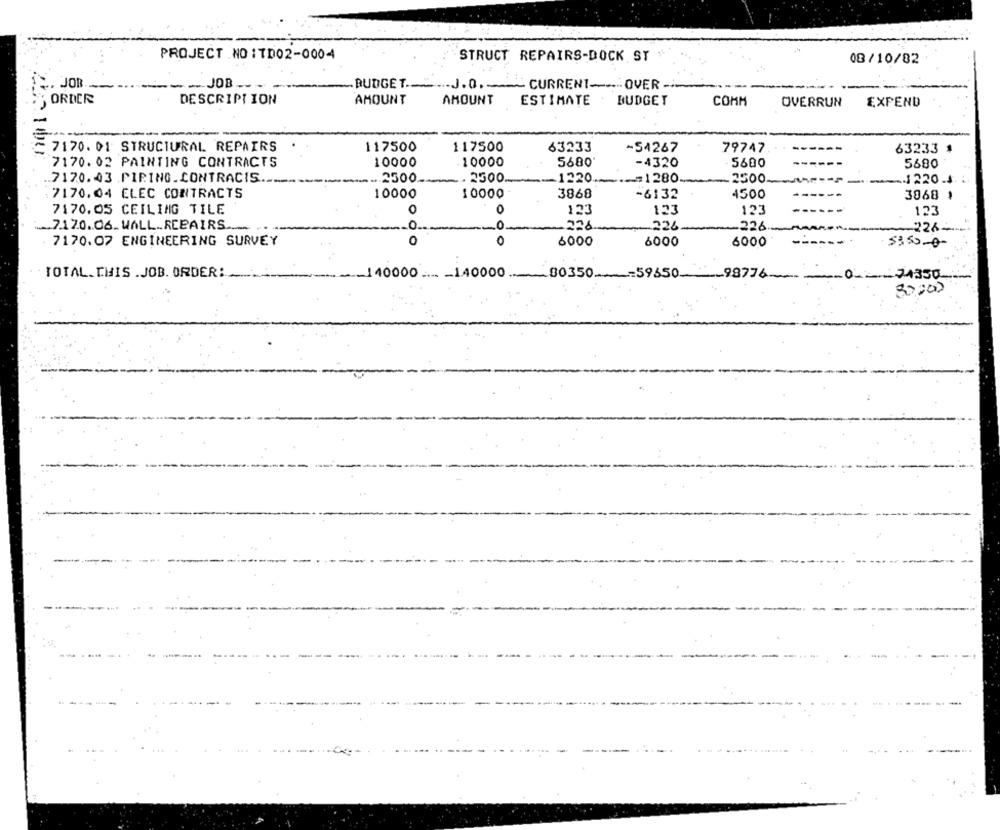
PROJECT NO :TD02-0004
STRUCT REPAIRS-DOCK ST
08/ 10/82
- JOB ---
. JOB. ....
BUDGET ._ J.O. CURRENTOVER-
DESCRIPTION
AMOUNT
AMOUNT
:5 ORDER
ESTIMATE : BUDGET
COMM
OVERRUN
EXPEND
7170. 01 STRUCTURAL REPAIRS
117500
117500
63233
-54267
79747
63233
7170.02 PAINTING CONTRACTS
10000
10000
5680
-4320
5600
5680
.. 7170.43 PIPING.CONTRACIS ..
-. 2500
.. 2500 ..
.1220. - 1280
2500-
-1220-4
7170.04 ELEC CONTRACTS
10000
10000
3868
-6132
4500
3068
O
0
7170.05 CEILING TILE
123
123
123
123
... 7170.06. WALL_REPAIRS ..
0
-226
226
-226
-226
0
0
7170.07 ENGINEERING SURVEY
6000
6000
6000
$350-0
TOTAL.THIS .JOB. ORDER:
-- 140000 ___ _ 140000
-- 59650-
.80350
98776-
074350
30000